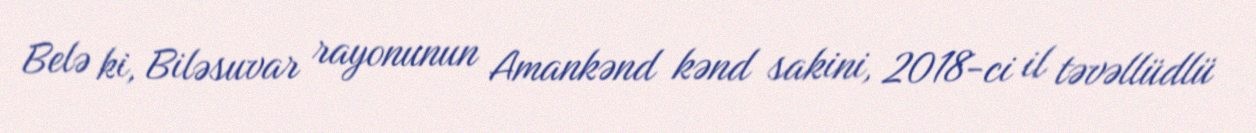
Belə ki, Biləsuvar rayonunun Amankənd kənd sakini, 2018-ci il təvəllüdlü